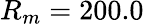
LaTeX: R_{m}=200.0